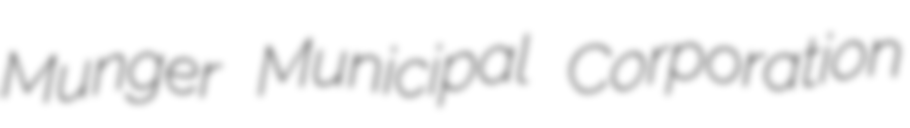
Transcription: Munger Municipal Corporation